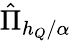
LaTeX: \hat{\Pi}_{h_{Q}/\alpha}